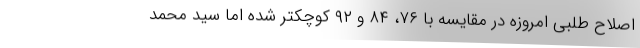
اصلاح طلبی امروزه در مقایسه با ۷۶، ۸۴ و ۹۲ کوچکتر شده اما سید محمد